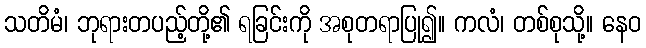
သတိမံ၊ ဘုရားတပည့်တို့၏ ရခြင်းကို အစုတရာပြု၍။ ကလံ၊ တစ်စုသို့။ နေဝ